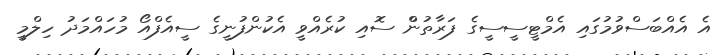
އެ އެއްބަސްވުމުގައި އެމްޓީސީސީގެ ފަރާތުންް ސޮއި ކުރެއްވީ އެކުންފުނީގެ ސީއެފްއޯ މުހައްމަދު ހިލްމީ